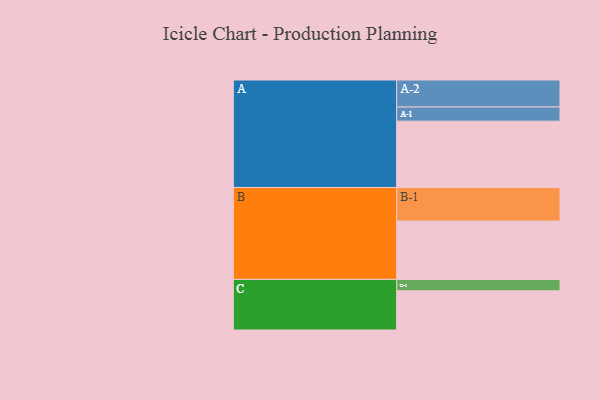
{"axis": {"x": "Segment", "y": "Value"}, "legend": ["", "A", "B", "C"], "data": [{"x": "A", "y": 562, "type": ""}, {"x": "B", "y": 494, "type": ""}, {"x": "C", "y": 332, "type": ""}, {"x": "A-1", "y": 120, "type": "A"}, {"x": "A-2", "y": 229, "type": "A"}, {"x": "B-1", "y": 285, "type": "B"}, {"x": "C-1", "y": 97, "type": "C"}]}